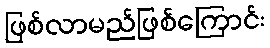
ဖြစ်လာမည်ဖြစ်ကြောင်း